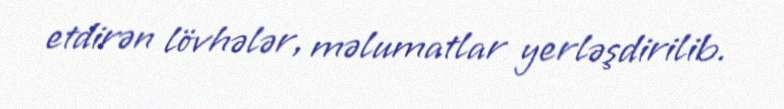
etdirən lövhələr, məlumatlar yerləşdirilib.